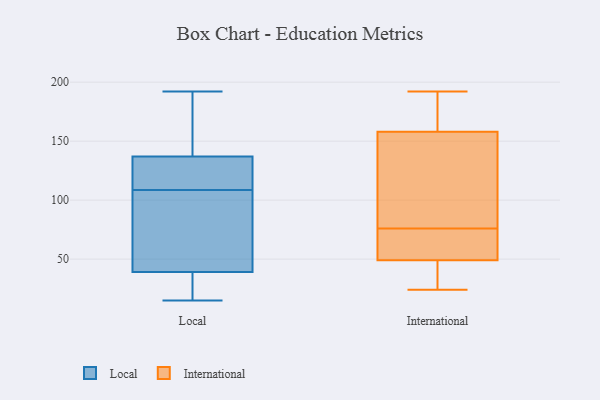
{"axis": {"x": "Budget (USD K)", "y": "Value"}, "legend": ["International", "Local"], "data": [{"x": "", "y": 179, "type": "Local"}, {"x": "", "y": 20, "type": "Local"}, {"x": "", "y": 15, "type": "Local"}, {"x": "", "y": 22, "type": "Local"}, {"x": "", "y": 145, "type": "Local"}, {"x": "", "y": 95, "type": "Local"}, {"x": "", "y": 101, "type": "Local"}, {"x": "", "y": 116, "type": "Local"}, {"x": "", "y": 31, "type": "Local"}, {"x": "", "y": 116, "type": "Local"}, {"x": "", "y": 192, "type": "Local"}, {"x": "", "y": 52, "type": "Local"}, {"x": "", "y": 166, "type": "Local"}, {"x": "", "y": 122, "type": "Local"}, {"x": "", "y": 129, "type": "Local"}, {"x": "", "y": 47, "type": "Local"}, {"x": "", "y": 120, "type": "International"}, {"x": "", "y": 39, "type": "International"}, {"x": "", "y": 24, "type": "International"}, {"x": "", "y": 141, "type": "International"}, {"x": "", "y": 33, "type": "International"}, {"x": "", "y": 40, "type": "International"}, {"x": "", "y": 53, "type": "International"}, {"x": "", "y": 161, "type": "International"}, {"x": "", "y": 67, "type": "International"}, {"x": "", "y": 181, "type": "International"}, {"x": "", "y": 52, "type": "International"}, {"x": "", "y": 192, "type": "International"}, {"x": "", "y": 76, "type": "International"}, {"x": "", "y": 157, "type": "International"}, {"x": "", "y": 138, "type": "International"}, {"x": "", "y": 74, "type": "International"}, {"x": "", "y": 187, "type": "International"}]}